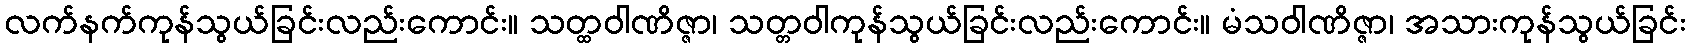
လက်နက်ကုန်သွယ်ခြင်းလည်းကောင်း။ သတ္ထဝါဏိဇ္ဇာ၊ သတ္တဝါကုန်သွယ်ခြင်းလည်းကောင်း။ မံသဝါဏိဇ္ဇာ၊ အသားကုန်သွယ်ခြင်း